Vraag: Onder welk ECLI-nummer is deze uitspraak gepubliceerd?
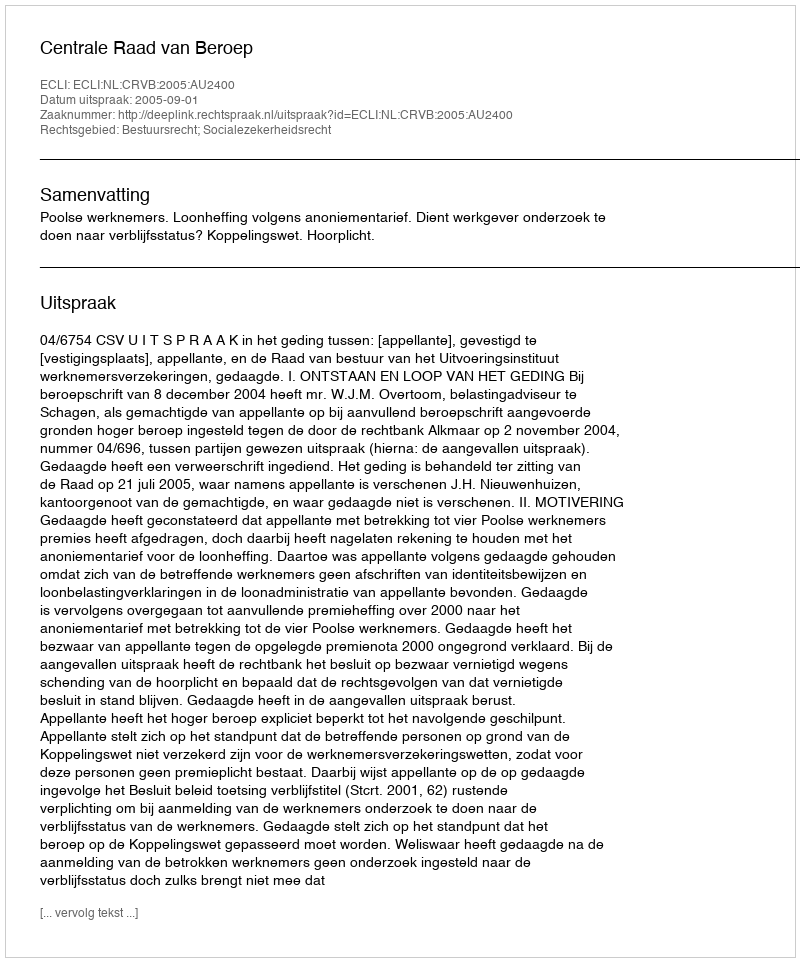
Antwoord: ECLI:NL:CRVB:2005:AU2400